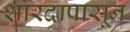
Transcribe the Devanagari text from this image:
शारदापासून